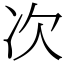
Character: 次